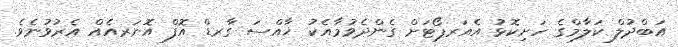
އަބްދުލް ކަލާމްގެ ހަށިކޮޅު އެއަރޕޯޓަށް ގެންދެވުމާއެކު ޚާއްސަ ގާރޑް އޮފް އޮނަރއެއް އެރުވުނެވެ.